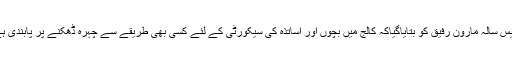
چالیس سالہ مارون رفیق کو بتایاگیاکہ کالج میں بچوں اور اساتذہ کی سیکورٹی کے لئے کسی بھی طریقے سے چہرہ ڈھکنے پر پابندی ہے ۔